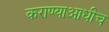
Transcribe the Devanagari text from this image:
कराण्याआधीच